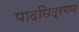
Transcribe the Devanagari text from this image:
पादछिद्रगण